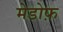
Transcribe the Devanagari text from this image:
मेडोफ़